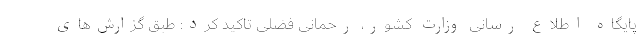
پایگاه اطلاع رسانی وزارت کشور، رحمانی فضلی تاکید کرد: طبق گزارش‌های